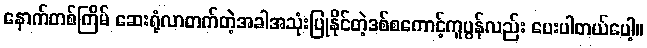
နောက်တစ်ကြိမ် ဆေးရုံလာတက်တဲ့အခါအသုံးပြုနိုင်တဲ့ဒစ်စကောင့်ကူပွန်လည်း ပေးပါတယ်ပေါ့။